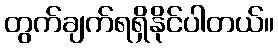
တွက်ချက်ရရှိနိုင်ပါတယ်။